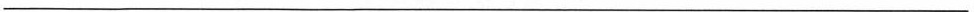
___